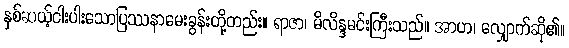
နှစ်ဆယ့်ငါးပါးသောပြဿနာမေးခွန်းတို့တည်း။ ရာဇာ၊ မိလိန္ဒမင်းကြီးသည်။ အာဟ၊ လျှောက်ဆို၏။